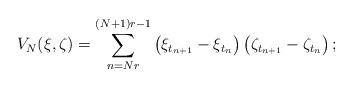
LaTeX: \begin{align*}V_N(\xi,\zeta) = \sum_{n=Nr}^{(N+1)r-1} \left(\xi_{t_{n+1}}-\xi_{t_n}\right)\left(\zeta_{t_{n+1}}-\zeta_{t_n}\right);\end{align*}